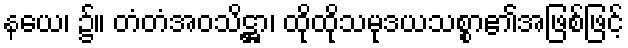
နယေ၊ ၌။ တံတံအဝသိဋ္ဌာ၊ ထိုထိုသမုဒယသစ္စာ၏အဖြစ်ဖြင့်